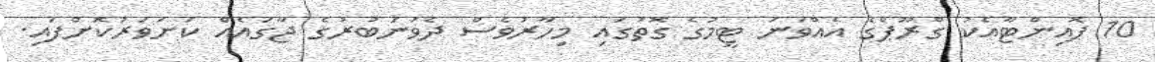
10 ޕޮއިންޓާއެކު ގްރޫޕްގެ އެއްވަނަ ޓީމުގެ ގޮތުގައި މިހާރުވެސް ދެވަނަބުރުގެ ޖާގައެއް ކަށަވަރުކޮށްފައި.